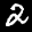
Label: 2